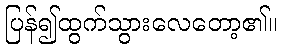
ပြန်၍ထွက်သွားလေတော့၏။